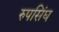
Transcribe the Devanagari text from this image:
रुपसिंघ